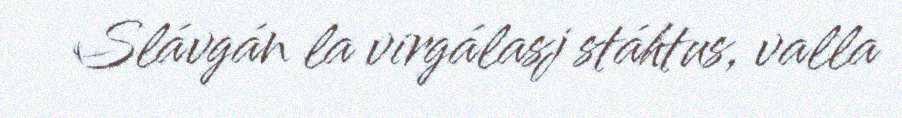
Slávgán la virgálasj stáhtus, valla